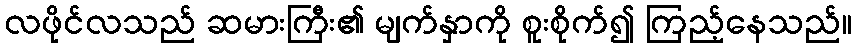
လဖိုင်လသည် ဆမားကြီး၏ မျက်နှာကို စူးစိုက်၍ ကြည့်နေသည်။